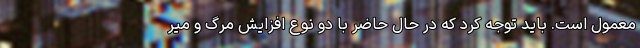
معمول است. باید توجه کرد که در حال حاضر با دو نوع افزایش مرگ و میر